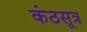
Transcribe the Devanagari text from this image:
कंठसूत्र